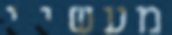
מעשיי